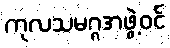
ကုလသမဂ္ဂအဖွဲ့ဝင်